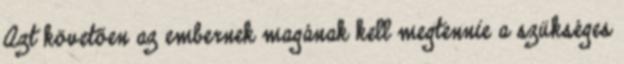
Azt követően az embernek magának kell megtennie a szükséges